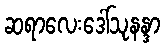
ဆရာလေးဒေါ်သုနန္ဒာ